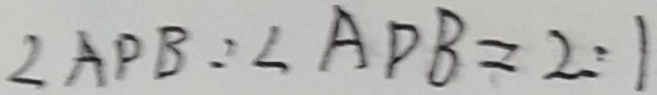
\angle A P B : \angle A D B = 2 : 1